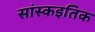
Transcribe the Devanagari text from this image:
सांस्कइतिक